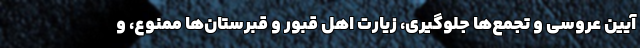
آیین عروسی و تجمع‌ها جلوگیری، زیارت اهل قبور و قبرستان‌ها ممنوع، و